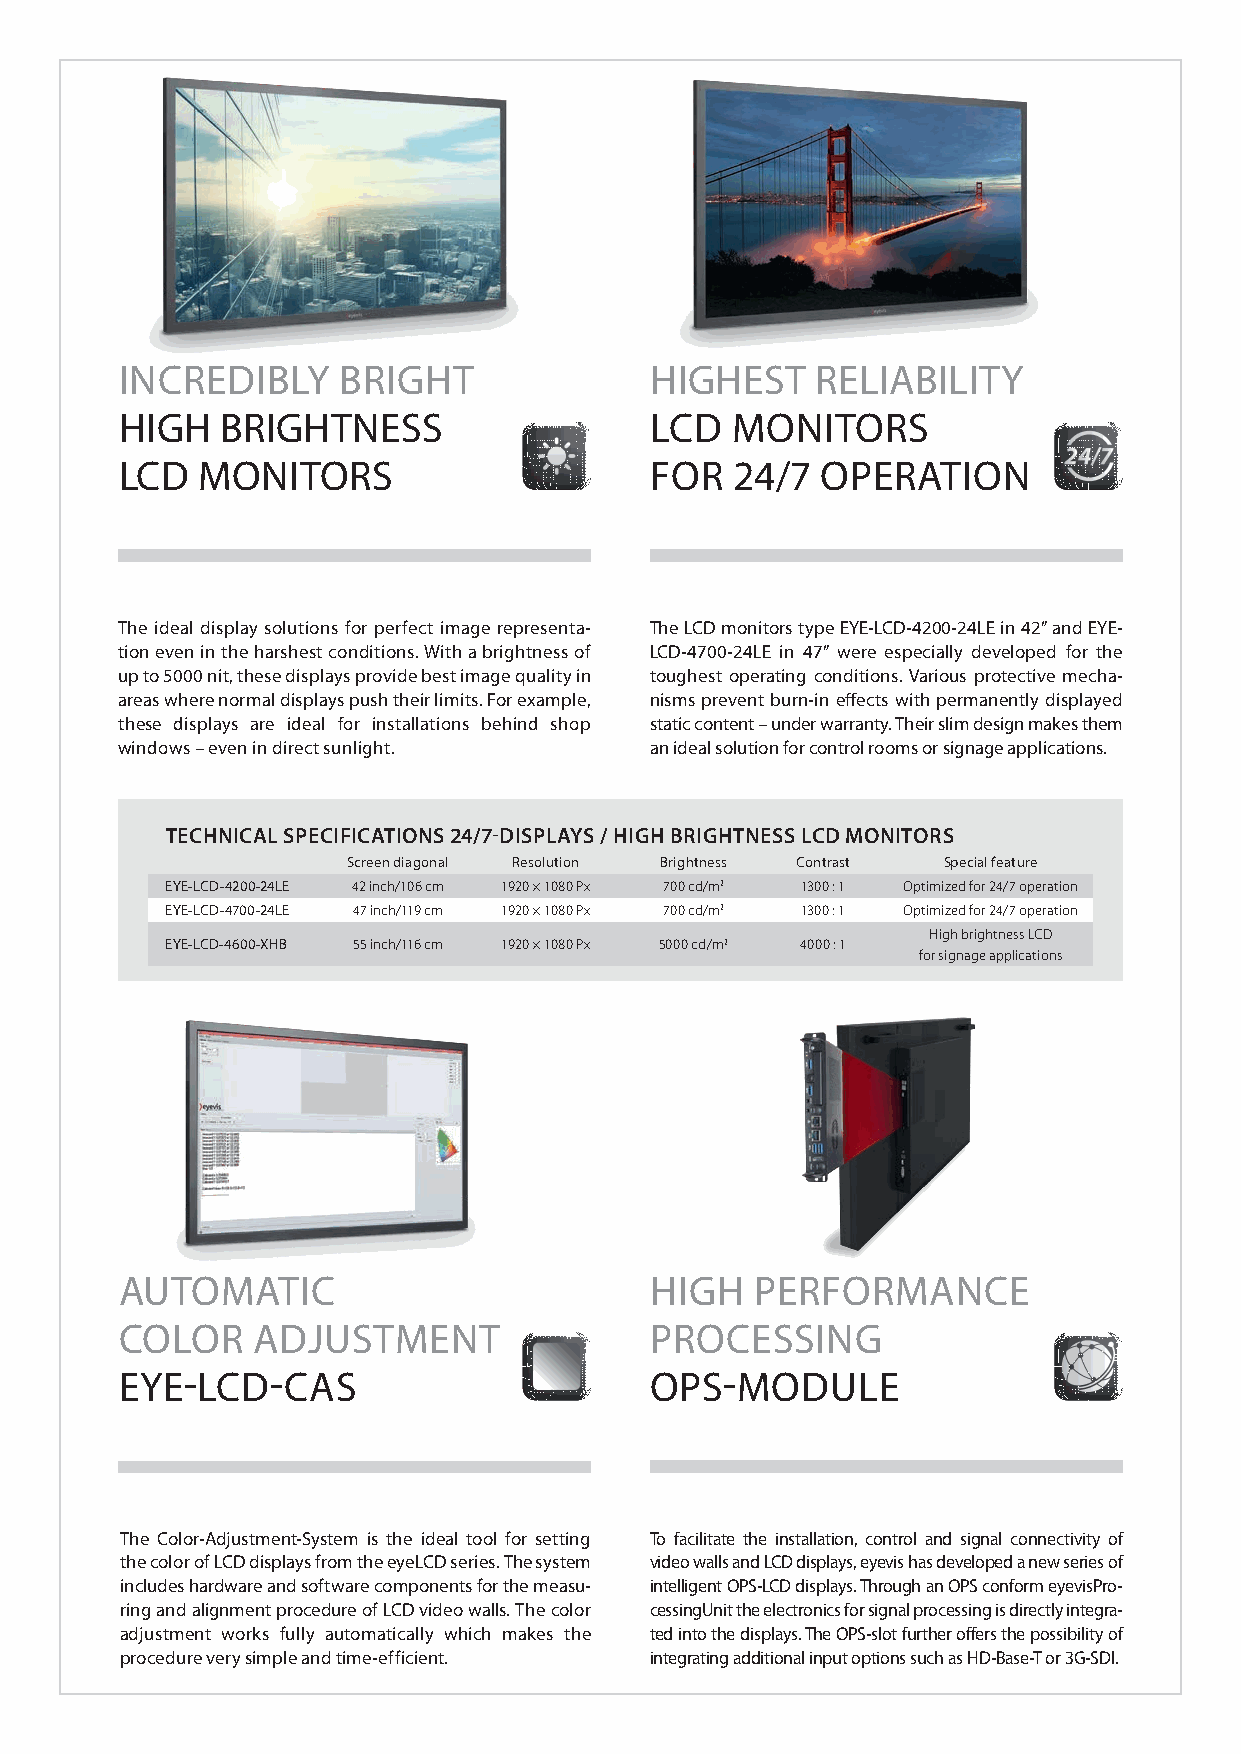
INCREDIBLY    BRIGHT               HIGHEST    RELIABILITY
 HIGH   BRIGHTNESS                  LCD  MONITORS
 LCD  MONITORS                      FOR  24/7  OPERATION
 The ideal display solutions for perfect image representa- The LCD monitors type EYE-LCD-4200-24LE in 42” and EYE-
 tion even in the harshest conditions. With a brightness of LCD-4700-24LE in 47” were especially developed for the
 up to 5000 nit, these displays provide best image quality in toughest operating conditions. Various protective mecha-
 areas where normal displays push their limits. For example, nisms prevent burn-in effects with permanently displayed
 these displays are ideal for installations behind shop static content – under warranty. Their slim design makes them
 windows – even in direct sunlight. an ideal solution for control rooms or signage applications.
 TECHNICAL SPECIFICATIONS 24/7-DISPLAYS / HIGH BRIGHTNESS LCD MONITORS
 Screen diagonal Resolution Brightness Contrast Special feature
 EYE-LCD-4200-24LE 42 inch/106 cm 1920 × 1080 Px 700 cd/m2 1300 : 1 Optimized for 24/7 operation
 EYE-LCD-4700-24LE 47 inch/119 cm 1920 × 1080 Px 700 cd/m2 1300 : 1 Optimized for 24/7 operation
 High brightness LCD
 EYE-LCD-4600-XHB 55 inch/116 cm 1920 × 1080 Px 5000 cd/m2 4000 : 1
 for signage applications
 AUTOMATIC                          HIGH   PERFORMANCE
 COLOR    ADJUSTMENT                PROCESSING
 EYE-LCD-CAS                        OPS-MODULE
 The Color-Adjustment-System is the ideal tool for setting To facilitate the installation, control and signal connectivity of
 the color of LCD displays from the eyeLCD series. The system video walls and LCD displays, eyevis has developed a new series of
 includes hardware and software components for the measu- intelligent OPS-LCD displays. Through an OPS conform eyevisPro-
 ring and alignment procedure of LCD video walls. The color cessingUnit the electronics for signal processing is directly integra-
 adjustment works fully automatically which makes the ted into the displays. The OPS-slot further offers the possibility of
 procedure very simple and time-efficient. integrating additional input options such as HD-Base-T or 3G-SDI.